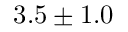
3 . 5 \pm 1 . 0